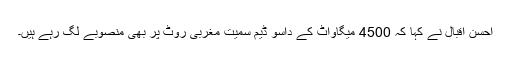
احسن اقبال نے کہا کہ 4500 میگاواٹ کے داسو ڈیم سمیت مغربی روٹ پر بھی منصوبے لگ رہے ہیں۔